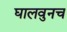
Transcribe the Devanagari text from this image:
घालवुनच